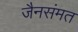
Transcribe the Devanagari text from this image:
जैनसंमत